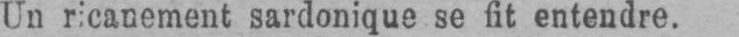
Un ricanement sardonique se fit entendre.